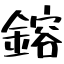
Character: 鎔